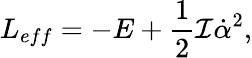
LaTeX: L_{eff}=-E+\frac{1}{2}{\cal I}\dot{\alpha}^{2},